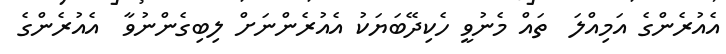
އެއުރެންގެ އަމިއްލަ  ތައް މެނުވީ ހެކިދޭބަޔަކު އެއުރެންނަށް ލިބިގެންނުވާ  އެއުރެންގެ